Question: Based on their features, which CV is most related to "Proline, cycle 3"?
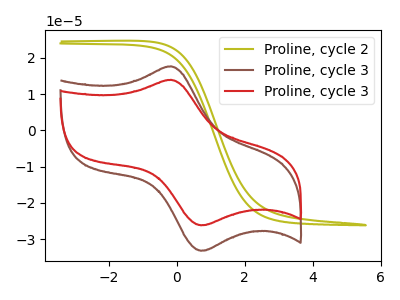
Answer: <think>The olive curve "Proline, cycle 2" has no peaks. The brown curve "Proline, cycle 3" has an anodic peak at (-0.15V, 17.65uA) and a cathodic peak at (0.70V, -33.25uA). The red curve "Proline, cycle 3" has an anodic peak at (-0.15V, 13.90uA) and a cathodic peak at (0.70V, -26.20uA).
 "Proline, cycle 2" and "Proline, cycle 3" have a different number of peaks. "Proline, cycle 2" and "Proline, cycle 3" have a different number of peaks. All the peaks in "Proline, cycle 3" have a peak in "Proline, cycle 3" at the same potential. Every peak in "Proline, cycle 3" is higher than every peak in "Proline, cycle 3".</think>
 <answer>The CV with the most similar shape to "Proline, cycle 3" is "Proline, cycle 3".</answer>
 <eval>"Proline, cycle 3"</eval>